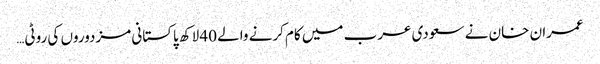
عمران خان نے سعودی عرب میں کام کرنے والے 40 لاکھ پاکستانی مزدوروں کی روٹی…